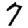
Digit: 7